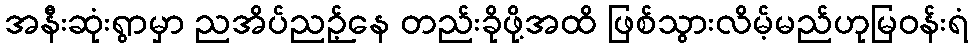
အနီးဆုံးရွာမှာ ညအိပ်ညဉ့်နေ တည်းခိုဖို့အထိ ဖြစ်သွားလိမ့်မည်ဟုမြဝန်းရံ